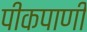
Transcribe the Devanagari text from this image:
पीकपाणी